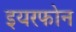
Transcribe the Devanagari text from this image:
इयरफोन